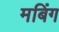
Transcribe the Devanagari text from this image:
मबिंग